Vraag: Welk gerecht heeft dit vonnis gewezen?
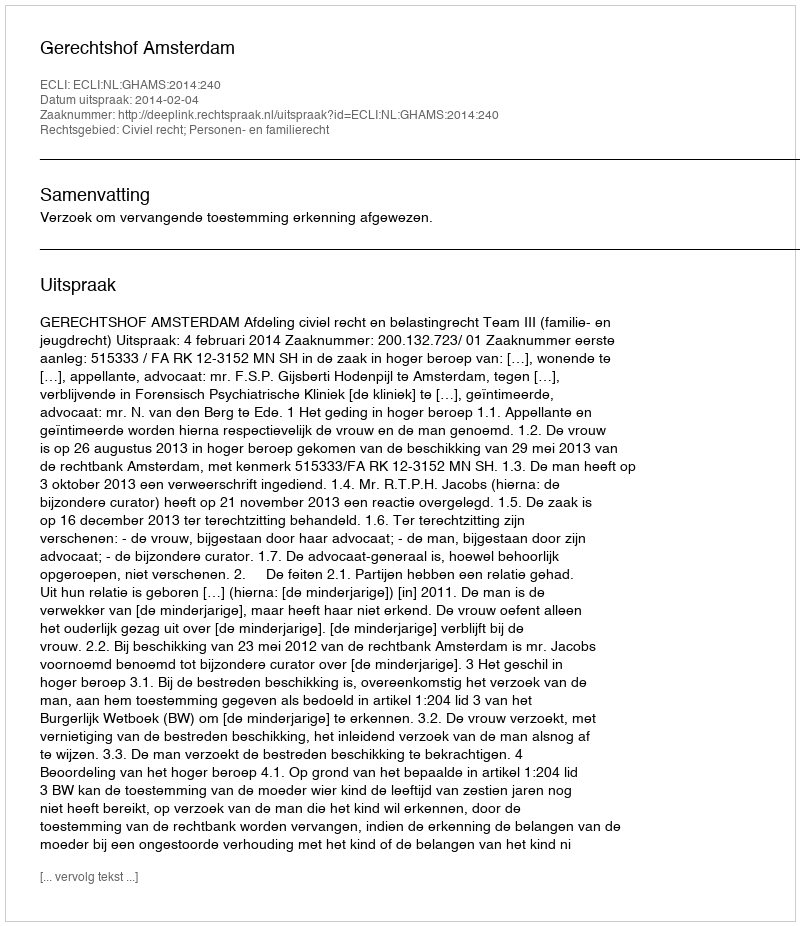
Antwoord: Gerechtshof Amsterdam